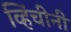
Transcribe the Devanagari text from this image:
व्हिंचीनी